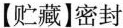
【贮藏】密封